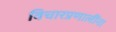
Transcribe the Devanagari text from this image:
विचारप्रणालींना